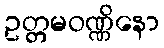
ဥတ္တမဝဏ္ဏိနော